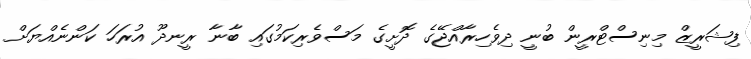
ފިޝަރީޒް މިނިސްޓްރީން ބުނީ ދިވެހިރާއްޖޭގެ ދޮށީގެ މަސްވެރިކަމުގައި ބާނާ ރީނދޫ އުރަހަ ކަންނެއްޔަށް